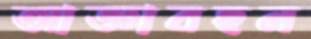
আজ্ঞাবহন